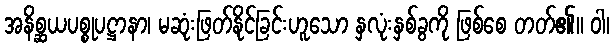
အနိစ္ဆယပစ္စုပဋ္ဌာနာ၊ မဆုံးဖြတ်နိုင်ခြင်းဟူသော နှလုံးနှစ်ခွကို ဖြစ်စေ တတ်၏။ ဝါ၊